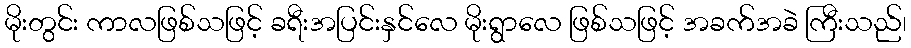
မိုးတွင်း ကာလဖြစ်သဖြင့် ခရီးအပြင်းနှင်လေ မိုးရွာလေ ဖြစ်သဖြင့် အခက်အခဲ ကြီးသည်၊